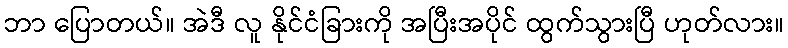
ဘာ ပြောတယ်။ အဲဒီ လူ နိုင်ငံခြားကို အပြီးအပိုင် ထွက်သွားပြီ ဟုတ်လား။